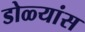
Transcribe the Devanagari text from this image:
डोळ्यांस